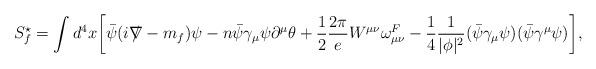
LaTeX: \begin{align*}S_{f}^{\star} = \int d^{4}x \biggl[\bar{\psi} (i {\ooalign{\hfil/\hfil\crcr$\nabla$}} - m_{f} ) \psi - n\bar{\psi} \gamma_{\mu} \psi \partial^{\mu} \theta + \frac{1}{2} \frac{2\pi}{e} W^{\mu \nu} \omega^{F}_{\mu \nu} - \frac{1}{4}\frac{1}{|\phi|^{2}} (\bar{\psi} \gamma_{\mu} \psi )(\bar{\psi} \gamma^{\mu} \psi ) \biggr],\end{align*}